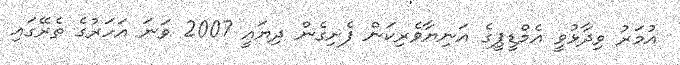
އުމަރު ވިދާޅުވީ އެމްޑީޕީގެ އަނިޔާވެރިކަން ފެށިގެން ދިޔައީ 2007 ވަނަ އަހަރުގެ ތެރޭގައި